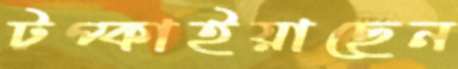
টপ্‌কাইয়াছেন